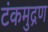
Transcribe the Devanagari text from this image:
टंकमुद्रण